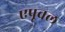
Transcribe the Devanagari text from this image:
एप्रूवल